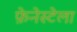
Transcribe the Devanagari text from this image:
फ़ेनेस्टेला